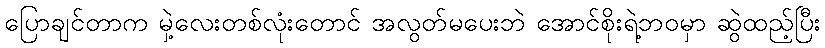
ပြောချင်တာက မှဲ့လေးတစ်လုံးတောင် အလွတ်မပေးဘဲ အောင်စိုးရဲ့ဘဝမှာ ဆွဲထည့်ပြီး